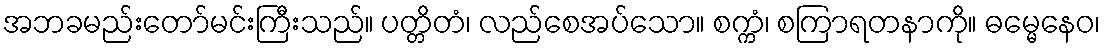
အဘခမည်းတော်မင်းကြီးသည်။ ပတ္တိတံ၊ လည်စေအပ်သော။ စက္ကံ၊ စကြာရတနာကို။ ဓမ္မေနေဝ၊